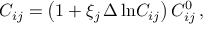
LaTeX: C _ { i j } = \left( 1 + \xi _ { j } \, \Delta \ln \! C _ { i j } \right) C _ { i j } ^ { 0 } \, ,